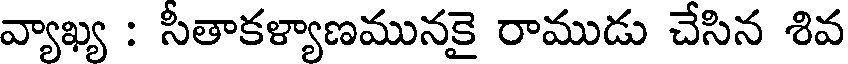
వ్యాఖ్య : సీతాకళ్యాణమునకై రాముడు చేసిన శివ